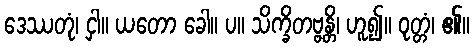
ဒေဿတုံ၊ ငှါ။ ယတော ခေါ။ ပ။ သိက္ခိတဗ္ဗန္တိ၊ ဟူ၍။ ဝုတ္တံ၊ ၏။